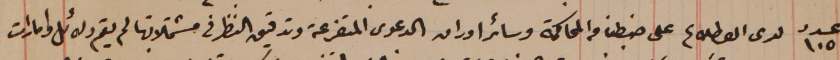
عدد ١٠٥ لدى الاطلاع على ضبطنا والمحاكمة وسائر اوراق الدعوى المتفرعة وتدقيق النظر فى مشتملاتها لم يقم دلائل وامارات